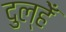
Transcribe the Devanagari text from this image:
दुल्हेँ